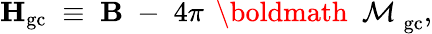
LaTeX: {\mathbf H}_{\mathrm{gc}}\; \equiv\; {\mathbf B}\; -\; 4\pi\, \mathrm{~\boldmath~\cal~M~}_{\mathrm{gc}},